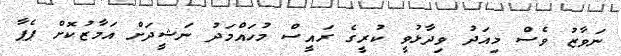
ނަވާޒު ވެސް މިއަދު ވިދާޅުވީ ކުރީގެ ރައީސް މުހައްމަދު ނަޝީދަށް އަމާޒުކޮށް ޕެޕާ